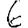
Digit: 6